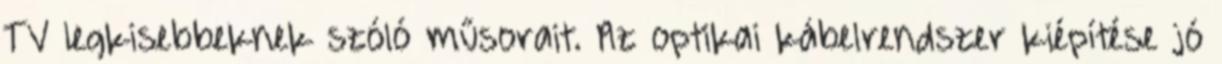
TV legkisebbeknek szóló műsorait. Az optikai kábelrendszer kiépítése jó